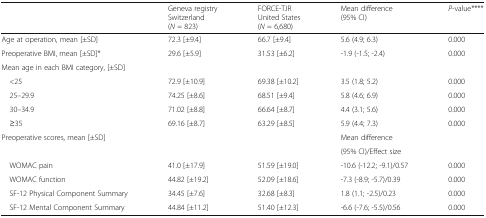
<table><thead><tr><td></td><td><b>Geneva registry Switzerland (<i>N</i> = 823)</b></td><td><b>FORCE-TJR United States (<i>N</i> = 6,680)</b></td><td><b>Mean difference (95% CI)</b></td><td><b><i>P</i>-value****</b></td></tr></thead><tbody><tr><td>Age at operation, mean [±SD]</td><td>72.3 [±9.4]</td><td>66.7 [±9.4]</td><td>5.6 (4.9; 6.3)</td><td>0.000</td></tr><tr><td>Preoperative BMI, mean [±SD]*</td><td>29.6 [±5.9]</td><td>31.53 [±6.2]</td><td>-1.9 (-1.5; -2.4)</td><td>0.000</td></tr><tr><td>Mean age in each BMI category, [±SD]</td><td></td><td></td><td></td><td></td></tr><tr><td> &lt;25</td><td>72.9 [±10.9]</td><td>69.38 [±10.2]</td><td>3.5 (1.8; 5.2)</td><td>0.000</td></tr><tr><td> 25–29.9</td><td>74.25 [±8.6]</td><td>68.51 [±9.4]</td><td>5.8 (4.6; 6.9)</td><td>0.000</td></tr><tr><td> 30–34.9</td><td>71.02 [±8.8]</td><td>66.64 [±8.7]</td><td>4.4 (3.1; 5.6)</td><td>0.000</td></tr><tr><td> ≥35</td><td>69.16 [±8.7]</td><td>63.29 [±8.5]</td><td>5.9 (4.4; 7.3)</td><td>0.000</td></tr><tr><td rowspan="2">Preoperative scores, mean [±SD]</td><td rowspan="2"></td><td rowspan="2"></td><td>Mean difference</td><td></td></tr><tr><td>(95% CI)/Effect size</td><td></td></tr><tr><td> WOMAC pain</td><td>41.0 [±17.9]</td><td>51.59 [±19.0]</td><td>-10.6 (-12.2; -9.1)/0.57</td><td>0.000</td></tr><tr><td> WOMAC function</td><td>44.82 [±19.2]</td><td>52.09 [±18.6]</td><td>-7.3 (-8.9; -5.7)/0.39</td><td>0.000</td></tr><tr><td> SF-12 Physical Component Summary</td><td>34.45 [±7.6]</td><td>32.68 [±8.3]</td><td>1.8 (1.1; -2.5)/0.23</td><td>0.000</td></tr><tr><td> SF-12 Mental Component Summary</td><td>44.84 [±11.2]</td><td>51.40 [±12.3]</td><td>-6.6 (-7.6; -5.5)/0.56</td><td>0.000</td></tr></tbody></table>